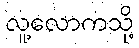
လူ့လောကသို့